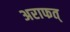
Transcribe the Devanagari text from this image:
अराफत्